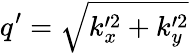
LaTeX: q^{\prime}=\sqrt{k_{x}^{\prime 2}+k_{y}^{\prime 2}}